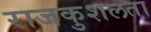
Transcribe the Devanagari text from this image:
राजकुशलता